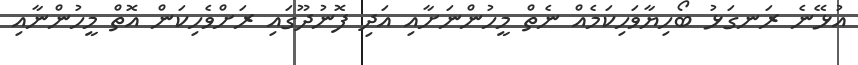
އުޅޭނެ ރަނގަޅު ބޯހިޔާވަހިކަމެއް ނެތް މީހުންނަށާއި އަދި ފޮނުދޫގައި ރަށްވެހިކަން އޮތް މީހުންނާއި